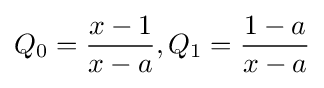
Q_{0}={\frac {x-1}{x-a}},Q_{1}={\frac {1-a}{x-a}}